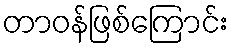
တာဝန်ဖြစ်ကြောင်း